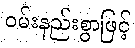
ဝမ်းနည်းစွာဖြင့်